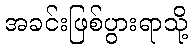
အခင်းဖြစ်ပွားရာသို့